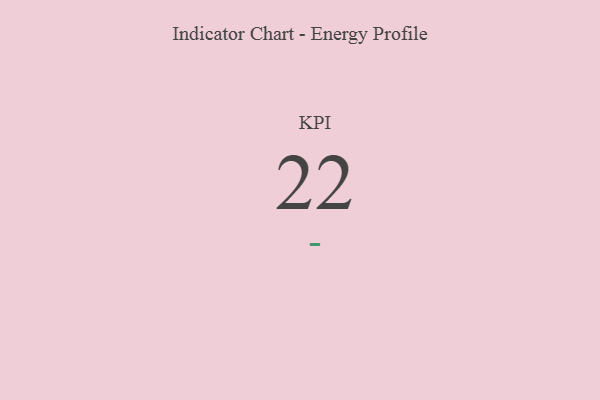
{"axis": {"x": "KPI", "y": "Value"}, "legend": [""], "data": [{"x": "KPI", "y": 22, "type": ""}]}